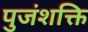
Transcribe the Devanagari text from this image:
पुजंशक्ति